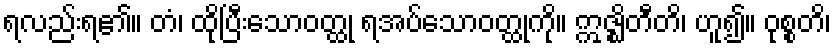
ရလည်းရ၏။ တံ၊ ထိုပြီးသောဝတ္ထု ရအပ်သောဝတ္ထုကို။ ဣဇ္ဈိတီတိ၊ ဟူ၍။ ဝုစ္စတိ၊